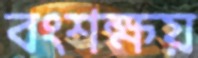
বংশক্ষয়